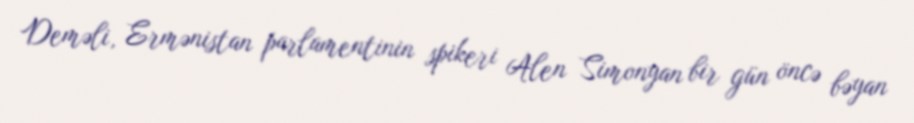
Deməli, Ermənistan parlamentinin spikeri Alen Simonyan bir gün öncə bəyan